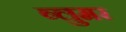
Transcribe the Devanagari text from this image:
ब्लुमर